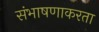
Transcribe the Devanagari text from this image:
संभाषणाकरता